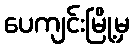
ပေကျင်းမြို့မှ